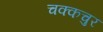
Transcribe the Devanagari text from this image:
चक्कचुर